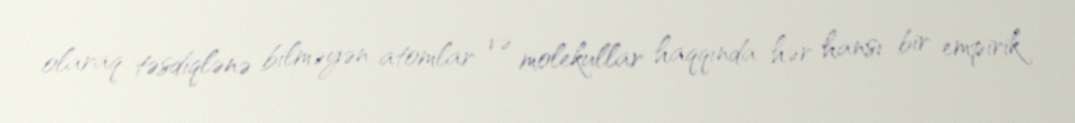
olaraq təsdiqlənə bilməyən atomlar və molekullar haqqında hər hansı bir empirik